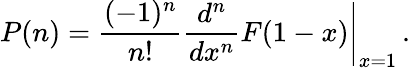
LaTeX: P(n)=\frac{(-1)^{n}}{n!}\left.\frac{d^{n}}{dx^{n}}F(1-x)\right|_{x=1}\, .